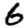
Digit: 6